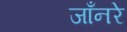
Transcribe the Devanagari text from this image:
जाँनरे